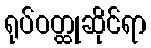
ရုပ်ဝတ္ထုဆိုင်ရာ